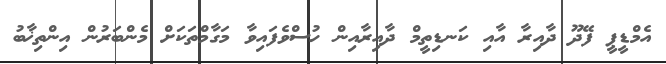
އެމްޑީޕީ ފޭދޫ ދާއިރާ އާއި ކަނޑިތީމް ދާއިރާއިން ހުސްވެފައިވާ މަގާމްތަކަށް މެންބަރުން އިންތިޚާބު